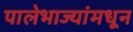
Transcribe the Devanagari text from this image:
पालेभाज्यांमधून